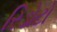
રિડોટો